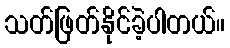
သတ်ဖြတ်နိုင်ခဲ့ပါတယ်။